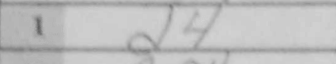
Transcription: d4